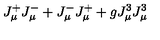
J _ { \mu } ^ { + } J _ { \mu } ^ { - } + J _ { \mu } ^ { - } J _ { \mu } ^ { + } + g J _ { \mu } ^ { 3 } J _ { \mu } ^ { 3 }